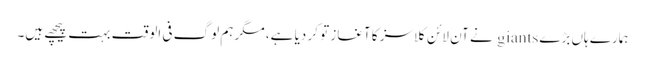
ہمارے ہاں بڑے giants نے آن لائن کلاسز کا آغاز تو کر دیا ہے، مگر ہم لوگ فی الوقت بہت پیچھے ہیں۔